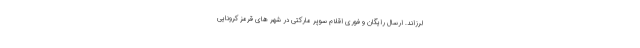
لرزاند. ارسال رایگان و فوری اقلام سوپر مارکتی در شهر های قرمز کرونایی